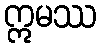
ဣမဿ